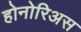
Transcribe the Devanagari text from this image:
होनोरिअस